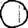
Digit: 0